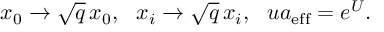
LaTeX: x _ { 0 } \rightarrow \sqrt { q } \, x _ { 0 } , ~ ~ x _ { i } \rightarrow \sqrt { q } \, x _ { i } , ~ ~ u a _ { \mathrm { e f f } } = e ^ { U } .